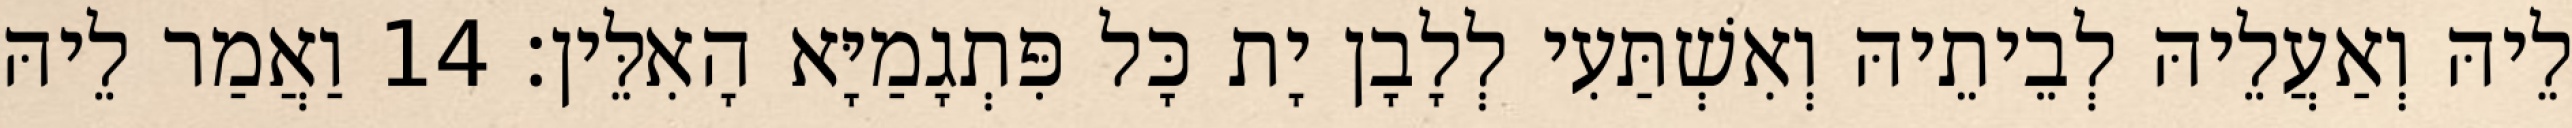
לֵיהּ וְאַעֲלֵיהּ לְבֵיתֵיהּ וְאִשְׁתַּעִי לְלָבָן יָת כָּל פִּתְגָמַיָּא הָאִלֵּין׃ 14 וַאֲמַר לֵיהּ